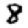
Digit: 8